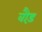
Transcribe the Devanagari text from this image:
वौड़